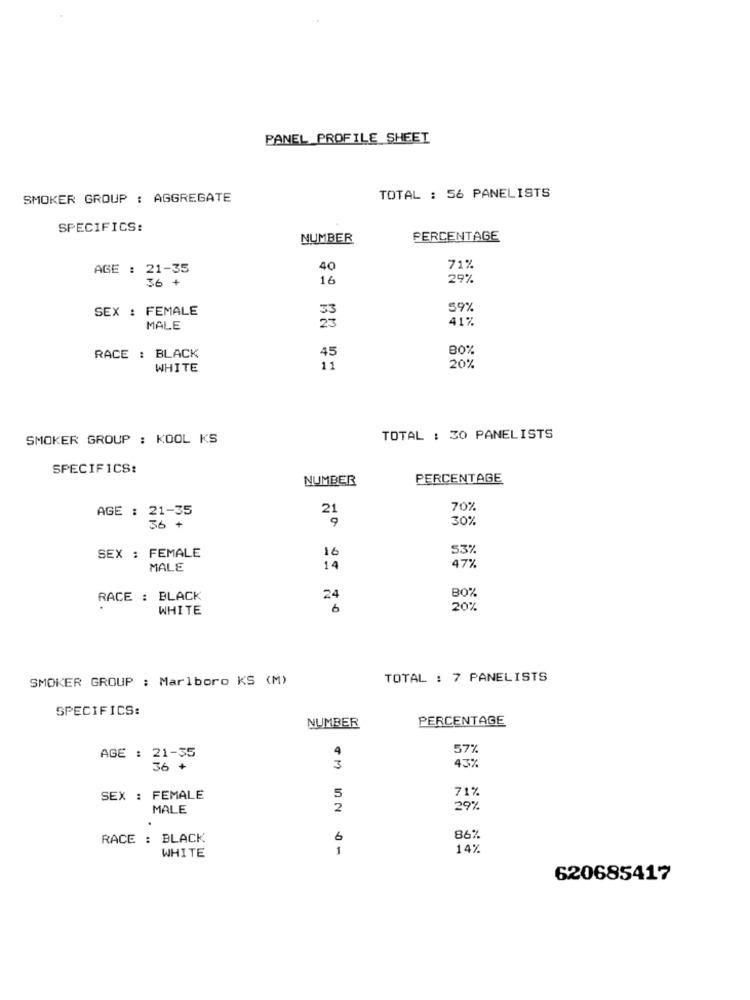
PANEL PROFILE SHEET
TOTAL : 56 PANELISTS
SMOKER GROUP : AGGREGATE
SPECIFICS:
NUMBER
PERCENTAGE
AGE : 21-35
40
71%
36 +
16
29%
SEX : FEMALE
59%
41%
MALE
80%
RACE : BLACK
45
WHITE
11
20%
SMOKER GROUP : KOOL KS
TOTAL : 30 PANELISTS
SPECIFICS:
NUMBER
PERCENTAGE
21
70%
AGE : 21-35
9
30%
16
53%
SEX : FEMALE
47%
MALE
14
B0%
RACE : BLACK
24
WHITE
20%
SMOKER GROUP : Marlboro KS (M)
TOTAL : 7 PANELISTS
SPECIFICS:
NUMBER
PERCENTAGE
57%
43%
AGE : 36-7
3
71%
SEX : FEMALE
5
MALE
2
29%
.
RACE : BLACK
6
867
WHITE
1
14%
620685417